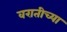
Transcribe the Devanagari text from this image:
वरातीच्या